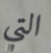
التي